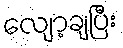
လျော့ချပြီး